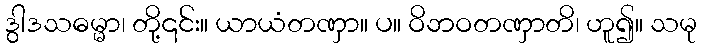
ဒွါဒသဓမ္မာ၊ တို့၎င်း။ ယာယံတဏှာ။ ပ။ ဝိဘဝတဏှာတိ၊ ဟူ၍။ သမု